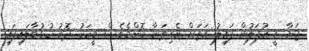
ޖަނާ ވީ އުފަލުން ފައިލު އަތަށް ނެގިތަނާ ކޮންމެވެސް މީހަކު ދޮރު ހުޅުވާލައިފައި